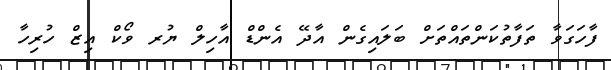
ފާހަގަވާ ތަފާތުކަންތައްތަށް ބަލައިގެން އާދޭ އެންޑް އާހިލް ޔުރ ވޯކް އިޒް ހުރިހާ